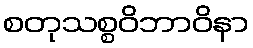
စတုသစ္စဝိဘာဝိနာ